Lock hospitals Punjab
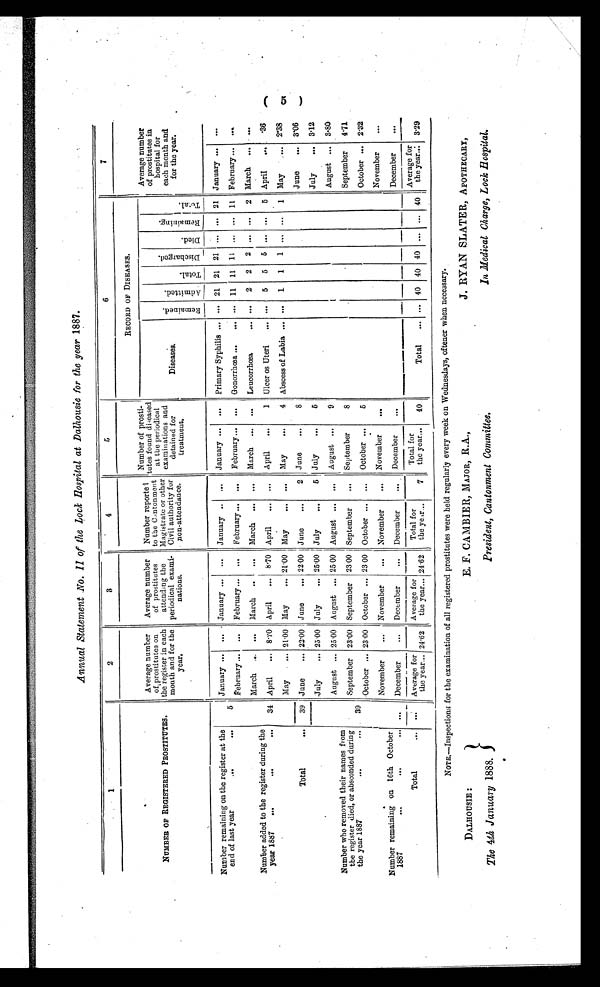
DALHOUSIE :
The 4th January 1888.
E. F. CAMBIER, MAJOR, R. A.,
President, Cantonment Committee.
J. RYAN SLATER, APOTHECARY,
In Medical, Charge, Lock Hospital.
Annual Statement No. II of the Lock Hospital at Dalhousie for the year 1887.
1
2
3
4
5
6
7
NUMBER OF REGISTERED PROSTITUTES.
Average number
of, prostitutes on
the register in each
mouth and for the
year.
Average number
of prostitutes
attending the
periodical exami-
nations.
Number reporte
to the Contonment
Magistrate or other
Civil authority for
non-attendance.
Number of prosti-
tutes found diseased
at the periodical
examinations and
detained
treatment.
RECORD OF DISEASES.
Average number
of prostitutes in
hospital for
each month and
for the year.
Diseases
R e m a i n e d . Admitted. T o t a l .
D i s c h a r g e d .
Di ed
R e m a i n i n g .
T o t a l .
Number remaining on the register at the
end of last year
...
. . .
January
... January
... January
. . .
January
... Primary Syphilis ... ... 21 21 21 ... ... 21 January
...
5
February
... February
... February
... February
... Gonorrhœa ...
... ... 11 11 11 ... ... 11 February
...
March
... March
... March
. . .
March
... Leucorrhœa
... ... 2 2 2 ... ... 2 March
...
Number added to the register during the
year 1887
...
...
...
34 April
8.70 April
870 April
... April
1
Ulcer os Uteri
... ... 5 5 5 ... ... 5 April
.36
May
21.00 May... 21.00 May
... May
4 Abscess of Labia ... ... 1 1 1 ... ... 1 May
2.38
Total...
39 June
22.00 June
22.00 June
2 June
8
June
3.06
July
25.00 July
25.00 July
5 July
5
July
3.12
August
25.00 August
25.00 August
... August.
9
August
3.80
Number who removed their names from
the register died, or absconded during
the year 1887
...
...
39
September 23.00 September 23.00 September
... September
8
September
4.71
October
23.00 October
23.00 October
. . .
October
5
October
2.32
November
... November
... November
. . .
November
...
November
...
Number remaining on 16th October
1887
...
...
... ...
December
... December
... December
. . . December
...
December
...
Total... . . .
Average for
the year 24.62
Average for
the year 24.62
Total for
the year
7
Total for
the year
40
Total
... ... 40 40 40 ... ... 40
Average for
the year
3.29
NOTE.—Inspections for the examination of all registered prostitutes were held regularly every week on Wednesdays, oftener when necessary.